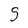
Character: S